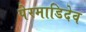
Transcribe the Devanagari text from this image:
पेरमाडिदेव